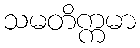
သမတိက္ကမာ